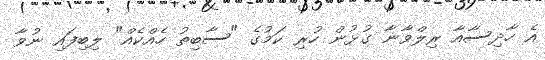
އެ ހާދިސާއާ ރިލްވާނާ ގުޅުން ހުރި ކަމުގެ "ސާބިތު ހެއްކެއް" ލިބިފައި ނުވާ